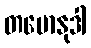
တမောနုဒါ